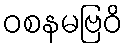
ဝစနမဗြဝိ